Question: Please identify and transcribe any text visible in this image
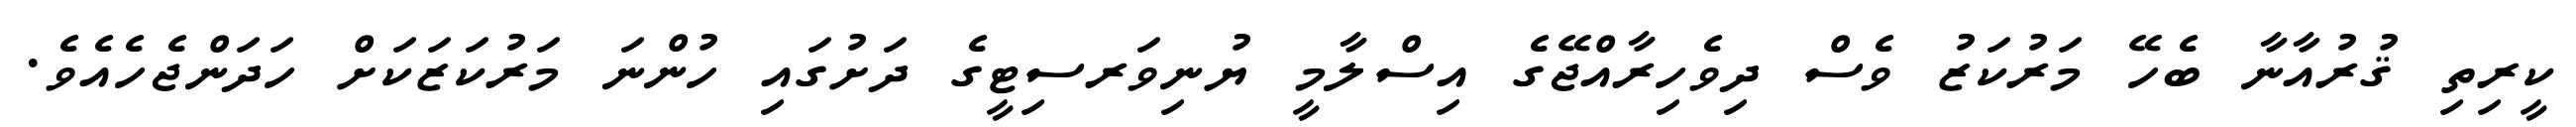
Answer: ކީރިތި ޤުރުއާނާ ބެހޭ މަރުކަޒު ވެސް ދިވެހިރާއްޖޭގެ އިސްލާމީ ޔުނިވަރސިޓީގެ ދަށުގައި ހުންނަ މަރުކަޒަކަށް ހަދަންޖެހެއެވެ.